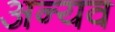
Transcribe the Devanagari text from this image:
अन्यव